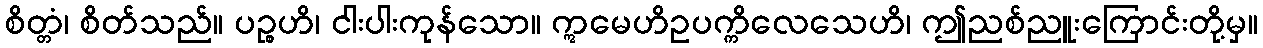
စိတ္တံ၊ စိတ်သည်။ ပဉ္စဟိ၊ ငါးပါးကုန်သော။ ဣမေဟိဥပက္ကိလေသေဟိ၊ ဤညစ်ညူးကြောင်းတို့မှ။